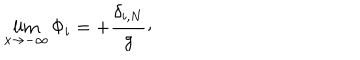
LaTeX: \lim _ { x \rightarrow - \infty } \Phi _ { i } = + { \frac { \delta _ { i , N } } { g } } \raise 2 p t \mathrm { , }